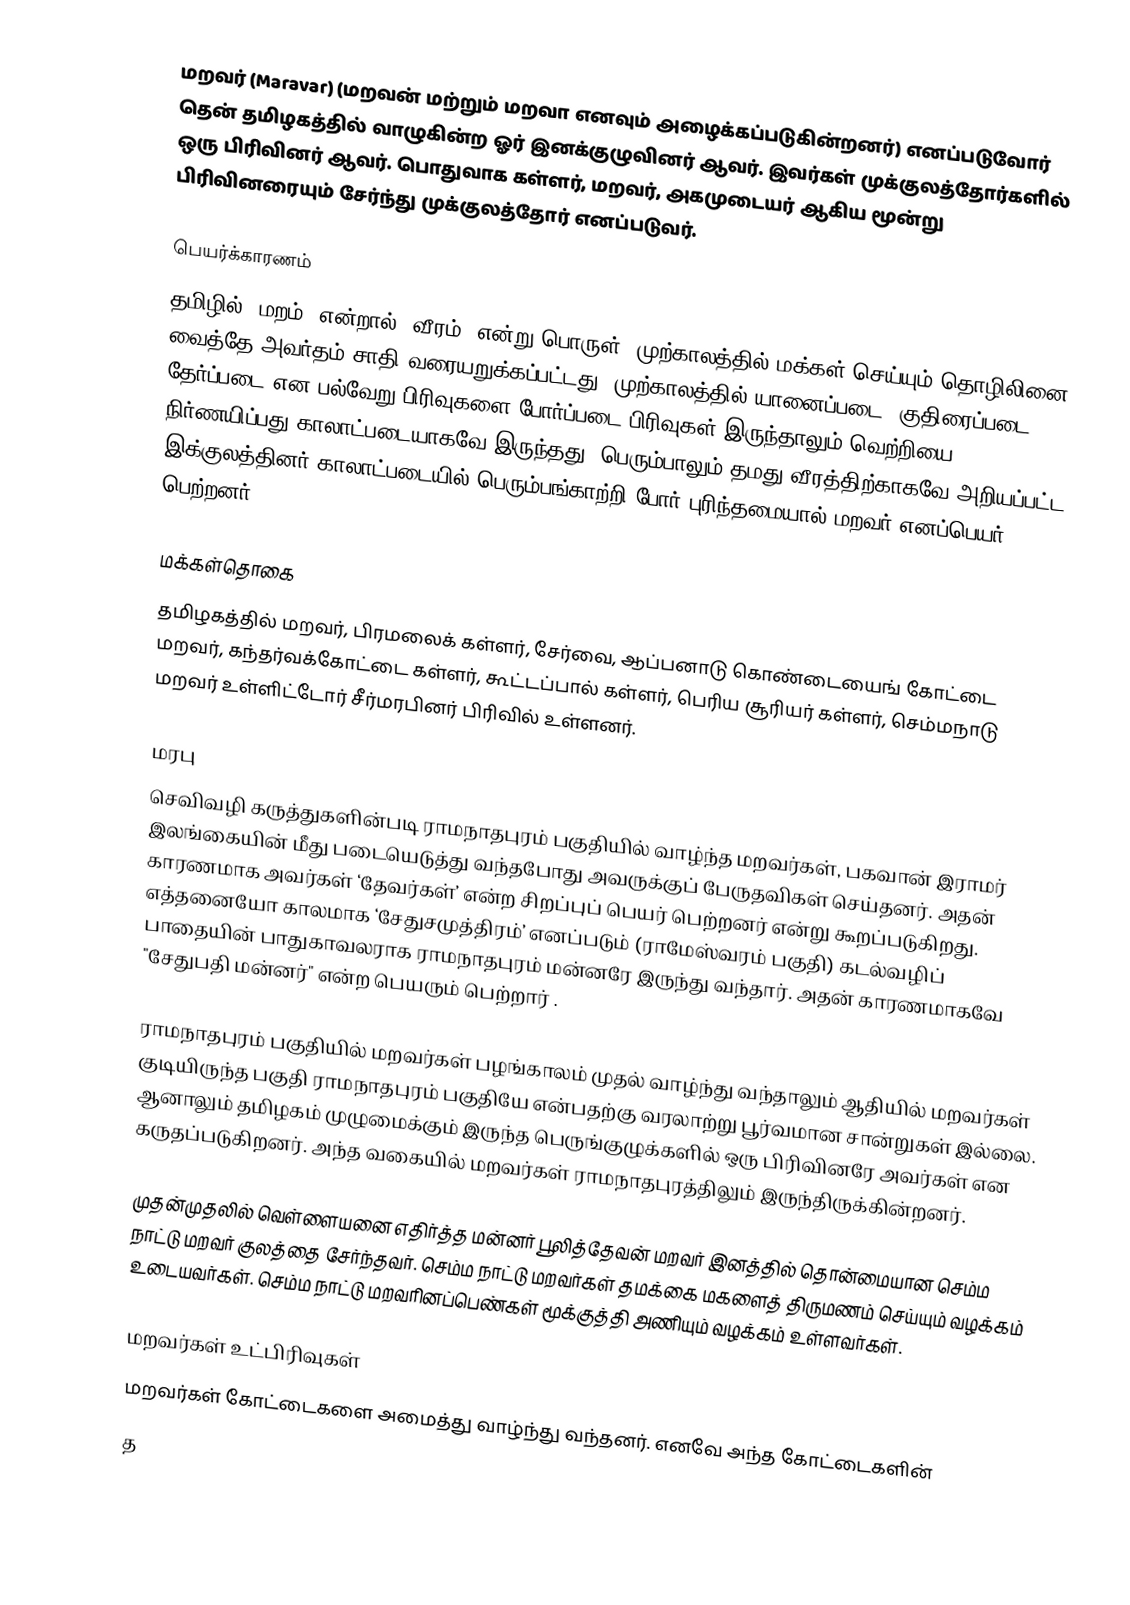
மறவர் (Maravar) (மறவன் மற்றும் மறவா எனவும் அழைக்கப்படுகின்றனர்) எனப்படுவோர் தென் தமிழகத்தில் வாழுகின்ற ஓர் இனக்குழுவினர் ஆவர். இவர்கள் முக்குலத்தோர்களில் ஒரு பிரிவினர் ஆவர். பொதுவாக கள்ளர், மறவர், அகமுடையர் ஆகிய மூன்று பிரிவினரையும் சேர்ந்து முக்குலத்தோர் எனப்படுவர்.

பெயர்க்காரணம்
தமிழில் "மறம்" என்றால் "வீரம்" என்று பொருள். முற்காலத்தில் மக்கள் செய்யும் தொழிலினை வைத்தே அவர்தம் சாதி வரையறுக்கப்பட்டது. முற்காலத்தில் யானைப்படை, குதிரைப்படை, தேர்ப்படை என பல்வேறு பிரிவுகளை போர்ப்படை பிரிவுகள் இருந்தாலும் வெற்றியை நிர்ணயிப்பது காலாட்படையாகவே இருந்தது. பெரும்பாலும் தமது வீரத்திற்காகவே அறியப்பட்ட இக்குலத்தினர் காலாட்படையில் பெரும்பங்காற்றி போர் புரிந்தமையால் மறவர் எனப்பெயர் பெற்றனர்.

மக்கள்தொகை
தமிழகத்தில் மறவர், பிரமலைக் கள்ளர், சேர்வை, ஆப்பனாடு கொண்டையைங் கோட்டை மறவர், கந்தர்வக்கோட்டை கள்ளர், கூட்டப்பால் கள்ளர், பெரிய சூரியர் கள்ளர், செம்மநாடு மறவர் உள்ளிட்டோர் சீர்மரபினர் பிரிவில் உள்ளனர்.

மரபு
செவிவழி கருத்துகளின்படி ராமநாதபுரம் பகுதியில் வாழ்ந்த மறவர்கள், பகவான் இராமர் இலங்கையின் மீது படையெடுத்து வந்தபோது அவருக்குப் பேருதவிகள் செய்தனர். அதன் காரணமாக அவர்கள் ‘தேவர்கள்’ என்ற சிறப்புப் பெயர் பெற்றனர் என்று கூறப்படுகிறது. எத்தனையோ காலமாக ‘சேதுசமுத்திரம்’ எனப்படும் (ராமேஸ்வரம் பகுதி) கடல்வழிப் பாதையின் பாதுகாவலராக ராமநாதபுரம் மன்னரே இருந்து வந்தார். அதன் காரணமாகவே "சேதுபதி மன்னர்" என்ற பெயரும் பெற்றார் .

ராமநாதபுரம் பகுதியில் மறவர்கள் பழங்காலம் முதல் வாழ்ந்து வந்தாலும் ஆதியில் மறவர்கள் குடியிருந்த பகுதி ராமநாதபுரம் பகுதியே என்பதற்கு வரலாற்று பூர்வமான சான்றுகள் இல்லை. ஆனாலும் தமிழகம் முழுமைக்கும் இருந்த பெருங்குழுக்களில் ஒரு பிரிவினரே அவர்கள் என கருதப்படுகிறனர். அந்த வகையில் மறவர்கள் ராமநாதபுரத்திலும் இருந்திருக்கின்றனர்.

முதன்முதலில் வெள்ளையனை எதிர்த்த மன்னர் பூலித்தேவன் மறவர் இனத்தில் தொன்மையான செம்ம நாட்டு மறவர் குலத்தை சேர்ந்தவர்.  செம்ம நாட்டு மறவர்கள் தமக்கை மகளைத் திருமணம் செய்யும் வழக்கம் உடையவர்கள். செம்ம நாட்டு மறவரினப்பெண்கள் மூக்குத்தி அணியும் வழக்கம் உள்ளவர்கள்.

மறவர்கள் உட்பிரிவுகள்
மறவர்கள் கோட்டைகளை அமைத்து வாழ்ந்து வந்தனர். எனவே அந்த கோட்டைகளின்
த